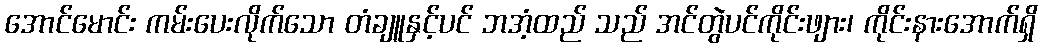
အောင်မောင်း ကမ်းပေးလိုက်သော တံချူနှင့်ပင် ဘအံ့ထည် သည် အင်တွဲပင်ကိုင်းဖျား၊ ကိုင်းနားအောက်ရှိ